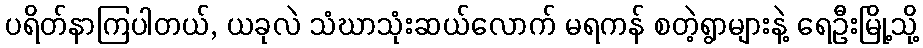
ပရိတ်နာကြပါတယ်, ယခုလဲ သံဃာသုံးဆယ်လောက် မရကန် စတဲ့ရွာများနဲ့ ရေဦးမြို့သို့